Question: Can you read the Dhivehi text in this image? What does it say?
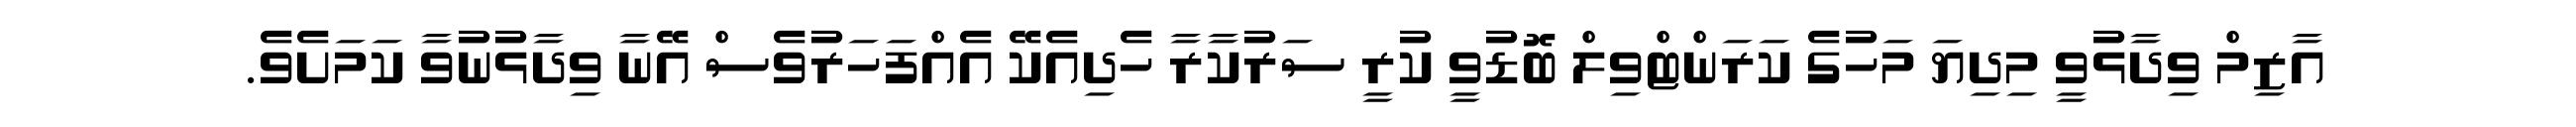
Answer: އާޒިމް ވިދާޅުވީ މިދިޔަ މަހުގެ ކަރަންޓްވިލް ބޮޑުވީ ކުރީ ސަރުކާރާ ހެދިއެކޭ އެއްފަހަރުވެސް އޭނާ ވިދާޅުނުވާ ކަމަށެވެ.